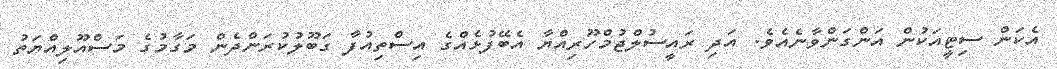
އެކަން ސިޓީއަކުން އަންގަންވާނެއެވެ. އަދި ރައީސުލްޖުމްހޫރިއްޔާ އެބޭފުޅެއްގެ އިސްތިއުފާ ގަބޫލުކުރަންދެން މަގާމުގެ މަސްއޫލިއްޔަތު